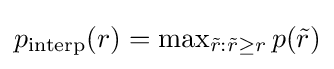
p_{\operatorname {interp} }(r)=\operatorname {max} _{{\tilde {r}}:{\tilde {r}}\geq r}p({\tilde {r}})